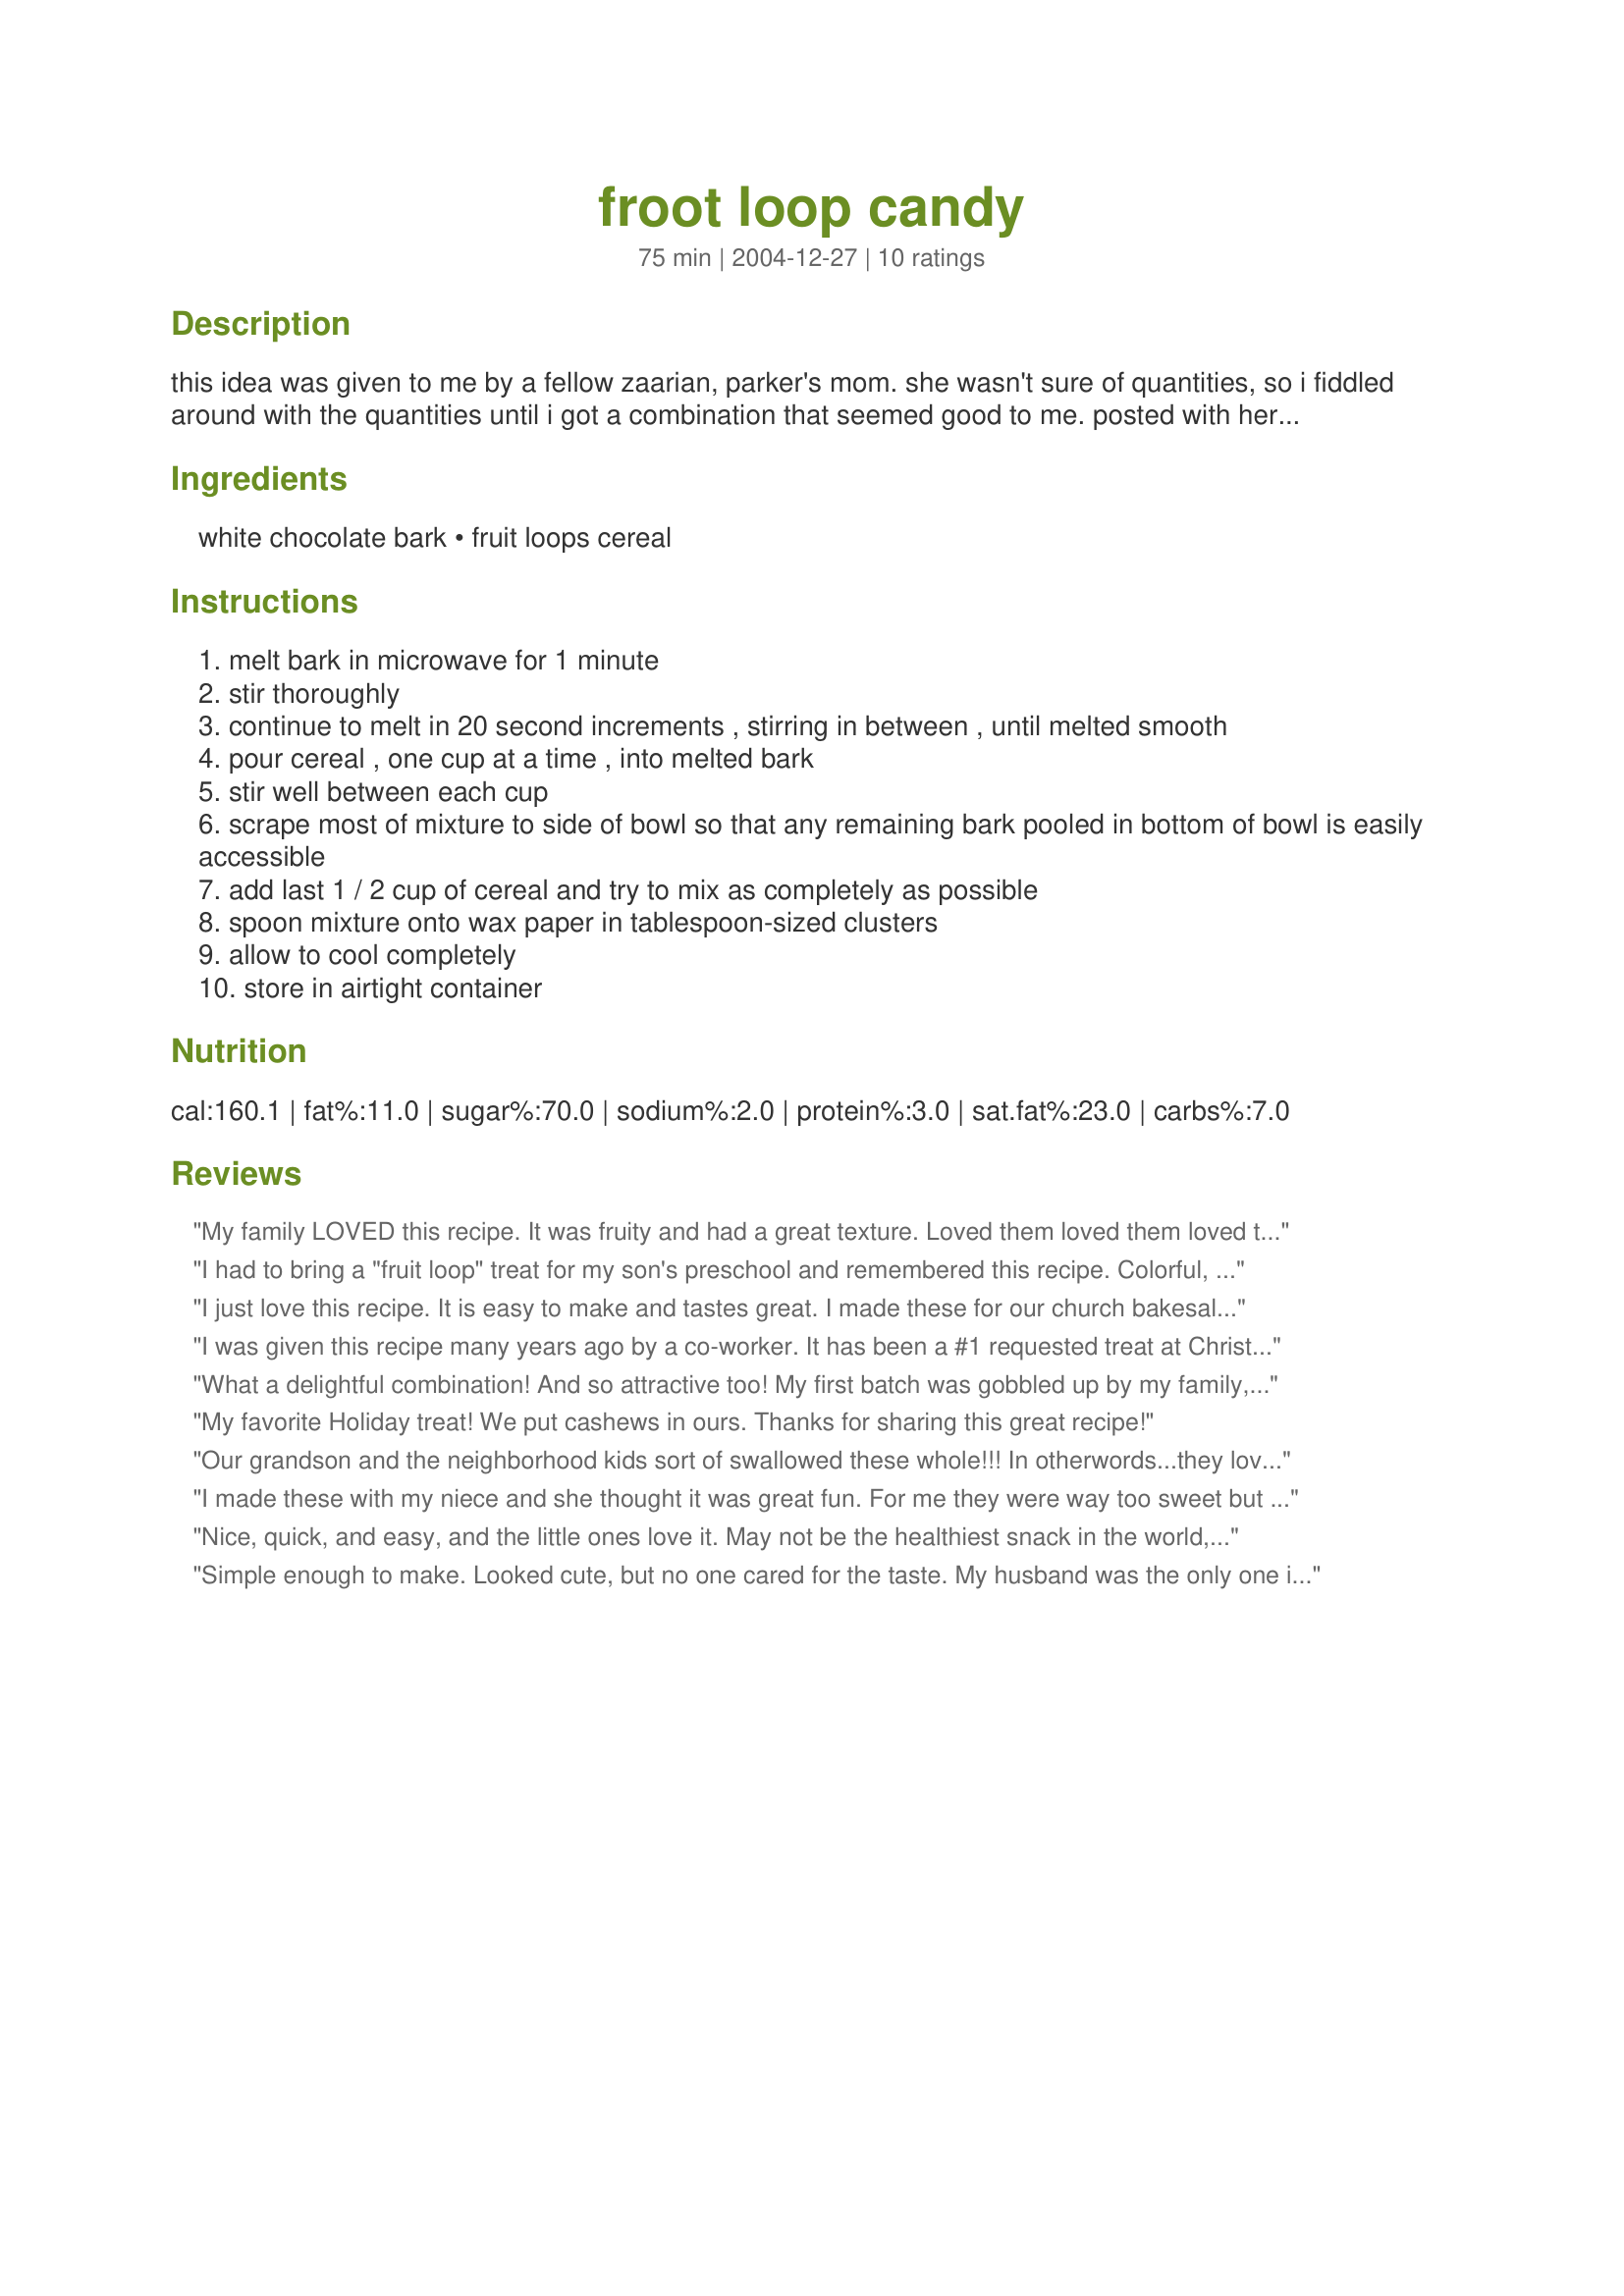
froot loop candy
Preparation time: 75 minutes

this idea was given to me by a fellow zaarian, parker's mom. she wasn't sure of quantities, so i fiddled around with the quantities until i got a combination that seemed good to me. posted with her permission. :) this stuff really is as delicious as she said! this is such a colorful snack and would be pretty for easter or a baby shower. recipe an easily be doubled or tripled. listed servings are 2-3 pieces each, but will vary depending on size of clusters. cook time listed is for cooling.

Ingredients:
white chocolate bark, fruit loops cereal

Steps:
melt bark in microwave for 1 minute
stir thoroughly
continue to melt in 20 second increments , stirring in between , until melted smooth
pour cereal , one cup at a time , into melted bark
stir well between each cup
scrape most of mixture to side of bowl so that any remaining bark pooled in bottom of bowl is easily accessible
add last 1 / 2 cup of cereal and try to mix as completely as possible
spoon mixture onto wax paper in tablespoon-sized clusters
allow to cool completely
store in airtight container

Reviews:
My family LOVED this recipe. It was fruity and had a great texture. Loved them loved them loved them!!!
I had to bring a "fruit loop" treat for my son's preschool and remembered this recipe. Colorful, super easy, and kids love it. Can also be dumped out on waxed paper and broken into pieces. Would be really cute for a bake sale or kid's birthday party. Thanks, triviacat, for posting!
I just love this recipe. It is easy to make and tastes great. I made these for our church bakesale and they were gobbled up. Thank you for sharing.
I was given this recipe many years ago by a co-worker. It has been a #1 requested treat at Christmas time. I add 1 c. mixed nuts (minus the Brazil Nuts) and 1 c. mini-marshmallows after adding the Fruit Loops, plus I use more Almond Bark to cover generously.
What a delightful combination! And so attractive too! My first batch was gobbled up by my family, and they're already begging me to make more! Thanks for such a simple and delicious recipe!
My favorite Holiday treat! We put cashews in ours. Thanks for sharing this great recipe!
Our grandson and the neighborhood kids sort of swallowed these whole!!! In otherwords...they loved them. Fun for kids to made also. Thanks for the fun recipe Kathie.
I made these with my niece and she thought it was great fun. For me they were way too sweet but she likes them. I just can't see eating too many clusters at one time without getting a stomach ache! Maybe next time I could add some peanuts or something to break up the sweetness.
Nice, quick, and easy, and the little ones love it. May not be the healthiest snack in the world, but I'm making it for Christmas, when splurging is the name of the game. BTW, we did it with almond and vanilla bark, as well as white chocolate. All were eaten.
Simple enough to make. Looked cute, but no one cared for the taste. My husband was the only one in the house that would eat them. Maybe next time I will try with Franken Berry (Strawberry)cereal and regular chocolate. Chocolate and strawberries usually go well together.
